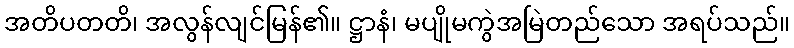
အတိပတတိ၊ အလွန်လျင်မြန်၏။ ဋ္ဌာနံ၊ မပျိုမကွဲအမြဲတည်သော အရပ်သည်။